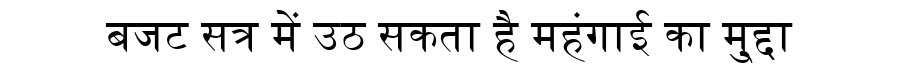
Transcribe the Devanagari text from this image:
बजट सत्र में उठ सकता है महंगाई का मु्द्दा